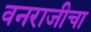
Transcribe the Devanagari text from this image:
वनराजीचा